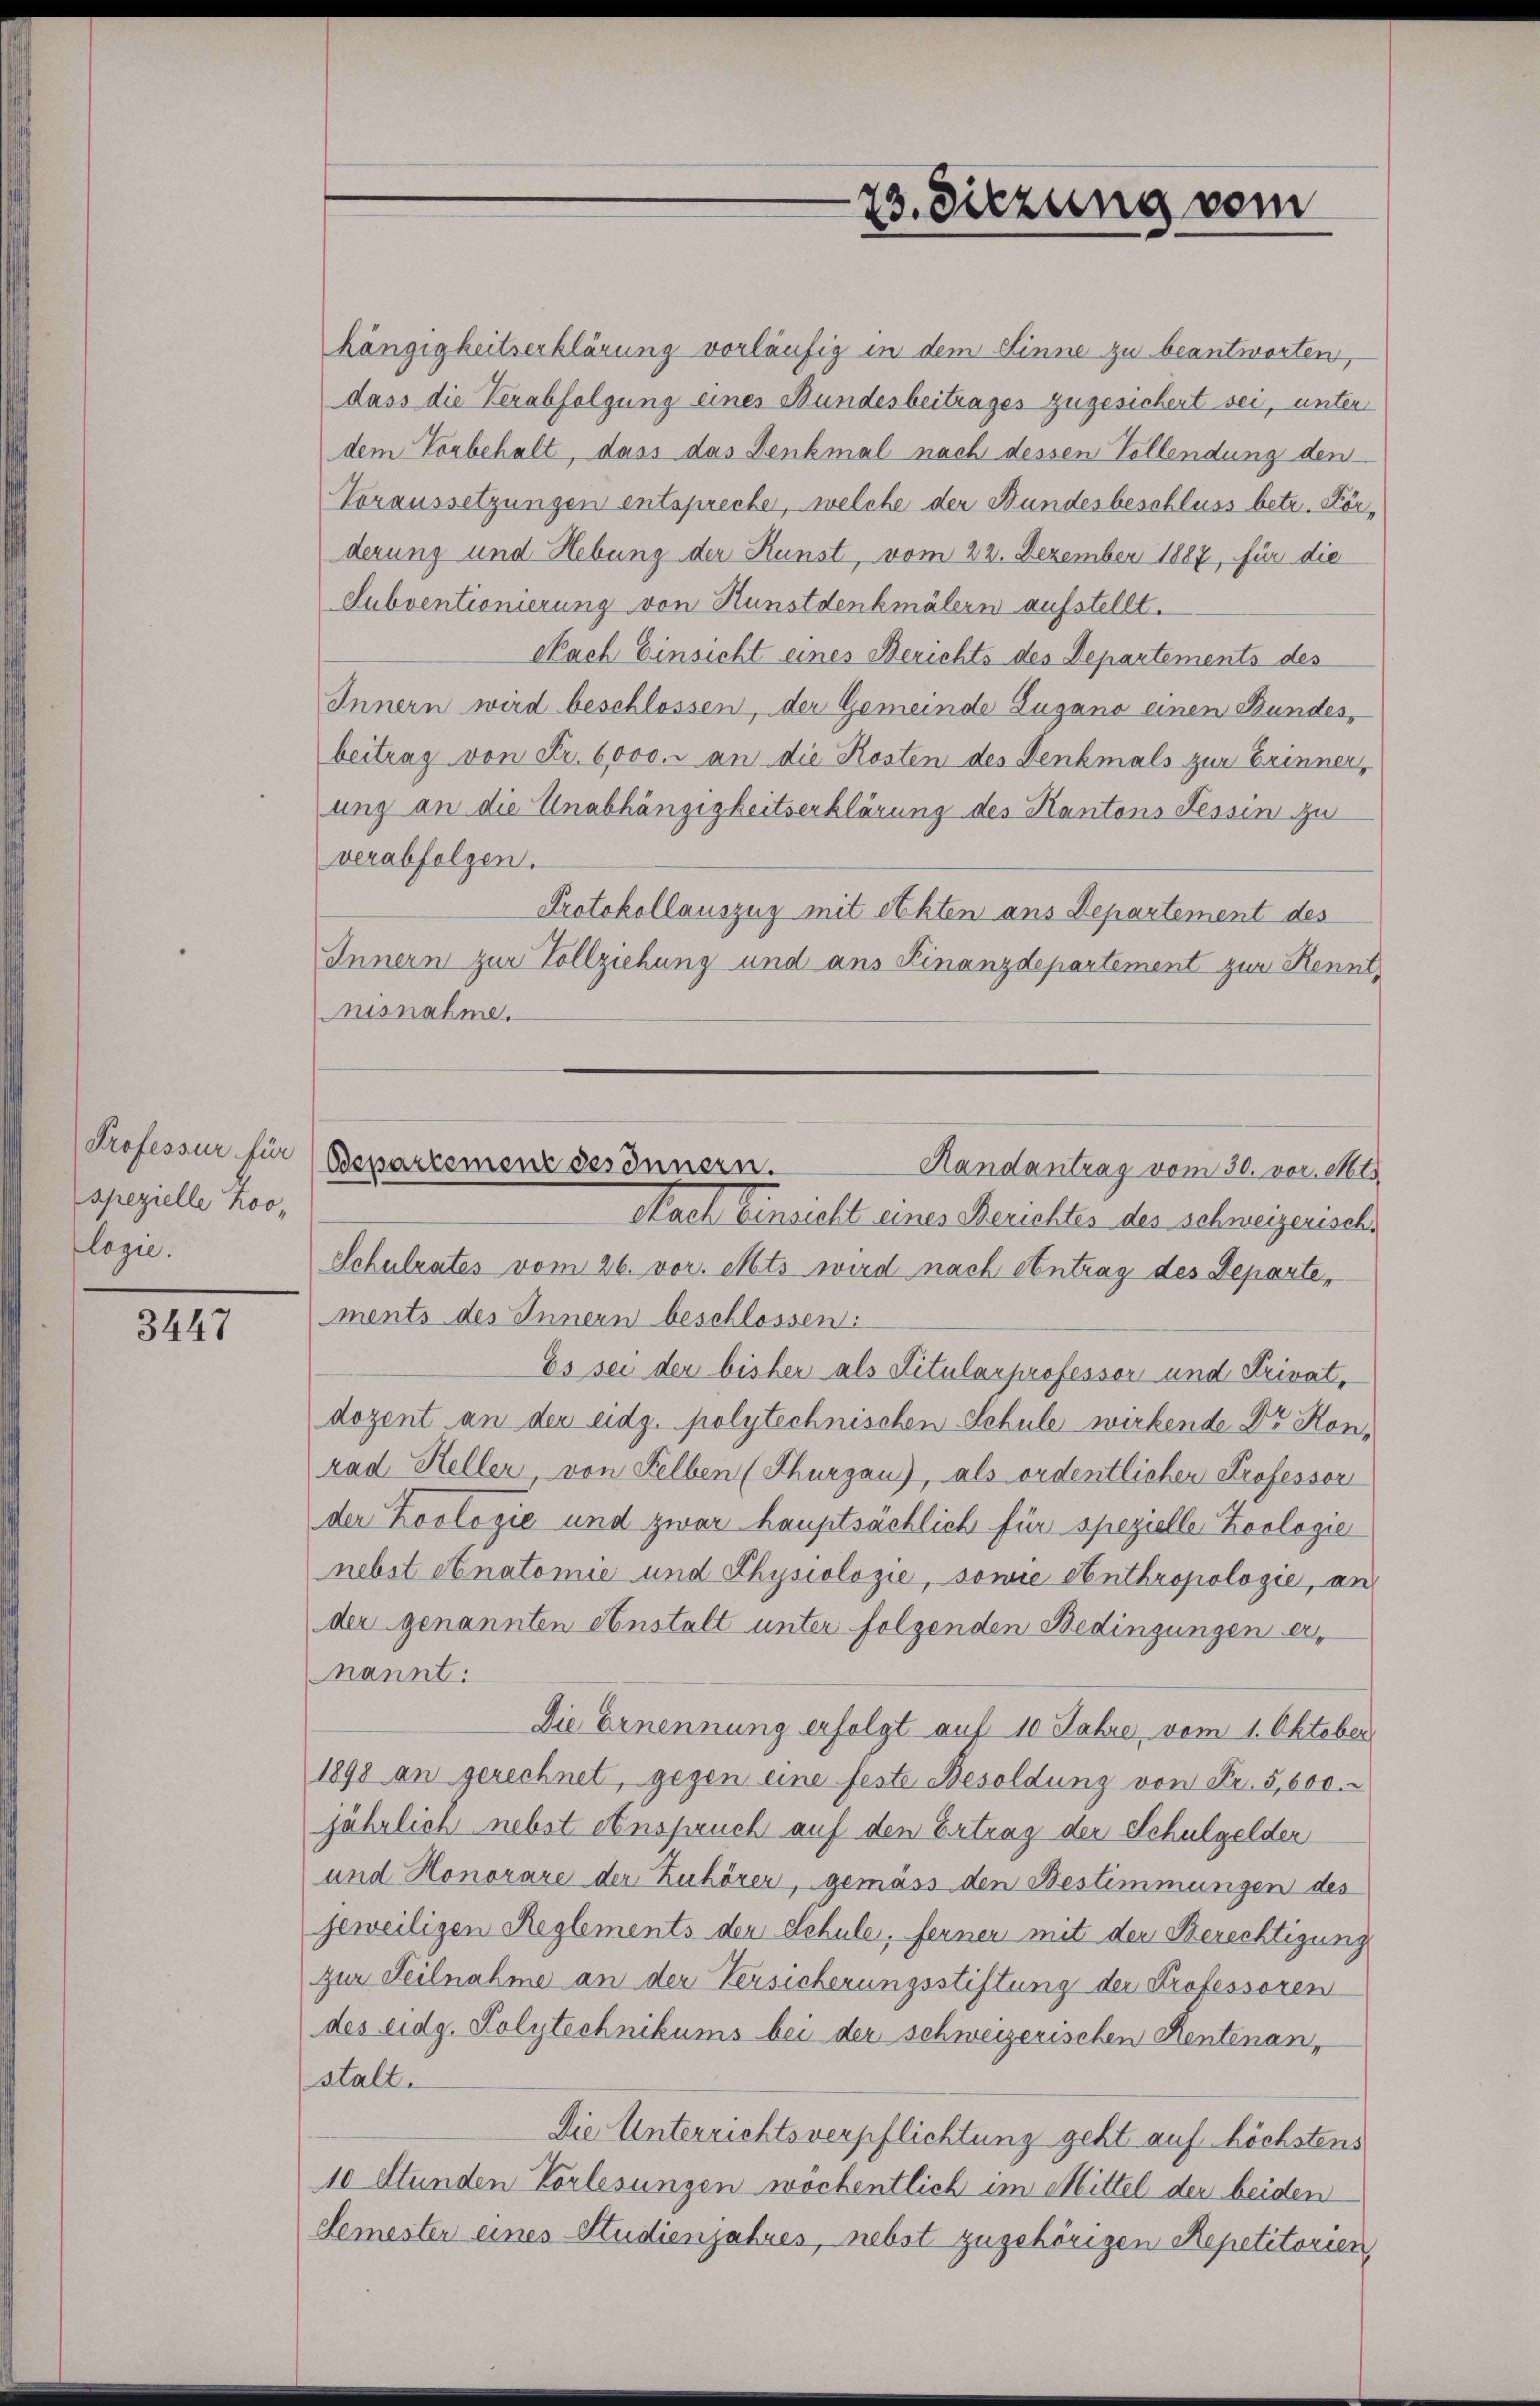
spezielle Zoo,
flage.

3447

hängigkeitserklärung vorläufig in dem Sinne zu beantworten,
dass die Verabfolgung eines Bundesbeitrages zugesichert sei, unter
dem Vorbehalt, dass das Denkmal nach dessen Vollendung den
Voraussetzungen entspreche, welche der Bundesbeschluss betr. Körderung und Hebung der Kunst, vom 22. Dezember 1887, für die
Subventionierung von Kunstdenkmälern aufstellt.
Nach Einsicht eines Berichts des Departements des
Innern wird beschlossen, der Gemeinde Lugano einen Bundes,
beitrag von Fr. 6000. an die Kosten des Denkmals zur Erinner,
ung an die Unabhängigkeitserklärung des Kantons Tessin zu
verabfolgen.
Protokollauszug mit ethten ans Departement des
Innern zur Vollziehung und aus Finanzdepartement zur Kennt,
Ausnahme.
Nach Einsicht eines Berichtes des Schweizerisch¬
Schulrates vom 26. vor. Mts wird nach Antrag des Departe,
ments des Innern beschlossen:
Es sei der bisher als Titularprofessor und Privat,
dozent an den eidg. polytechnischen Schule wirkende Dr. Honrad Heller, von Selben (Thurgau), als ordentlicher Professor
der Koologie und zwar hauptsächlich für spezielle Zoologie
nebst Anatomie und Physiologie, sowie Anthropologie, an
der genannten Anstalt unter folgenden Bedingungen ernannt:
Die Ernennung erfolgt auf 10 Jahre vom 1. Oktober
1898 an gerechnet, gegen eine feste Besoldung von Fr. 5,600.
jährlich nebst einspruch auf den Ertrag der Schulgelder
und Honorare der Zuhörer, gemäss den Bestimmungen des
jeweiligen Reglements der Schule, fernen mit der Berechtigung
zur Teilnahme an der Versicherungsstiftung der Professoren
des eidg. Polytechnikums bei der schweizerischen Rentenanstalt.
Die Unterrichtsverpflichtung geht auf höchstens
10 Stunden Vorlesungen wöchentlich im Mittel der beiden
Semester eines Studienjahres, nebst zugehörigen Repetitorien,

73. Diezung vom

Professur für Bepartement des Innern.
Handantrag vom 30. vor. Mts.